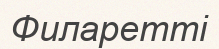
Филаретті